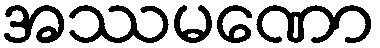
အဿမဏော